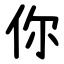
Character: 你